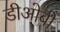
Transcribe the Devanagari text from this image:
डीओबी